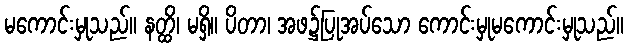
မကောင်းမှုသည်။ နတ္ထိ၊ မရှိ။ ပိတာ၊ အဖ၌ပြုအပ်သော ကောင်းမှုမကောင်းမှုသည်။